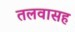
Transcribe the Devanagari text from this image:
तलवासह